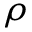
\rho